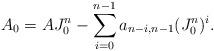
LaTeX: \begin{align*}A_0=AJ_0^n-\sum_{i=0}^{n-1}a_{n-i,n-1}(J_0^n)^i.\end{align*}